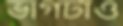
ভাগটাও